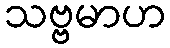
သဗ္ဗမာဟ